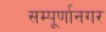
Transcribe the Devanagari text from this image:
सम्पूर्णानगर